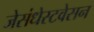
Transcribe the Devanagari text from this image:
जेसंधेस्टवेसन